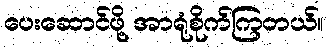
ပေးဆောင်ဖို့ အာရုံစိုက်ကြတယ်။